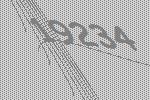
19234